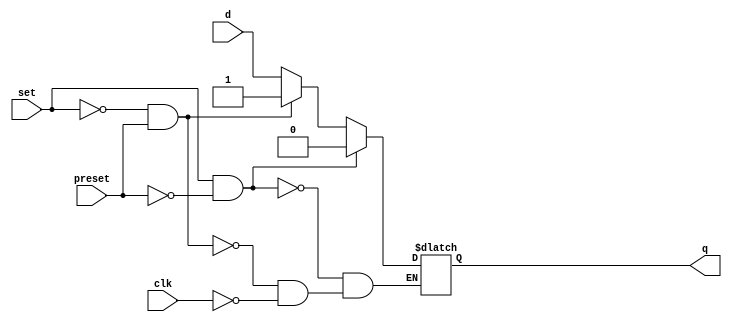
// This program was cloned from: https://github.com/chipsalliance/aib-phy-hardware
// License: Apache License 2.0

// SPDX-License-Identifier: Apache-2.0
// Copyright (C) 2019 Intel Corporation. 
module aibnd_hgy_latch (
	input wire set,
	input wire preset,
	input wire clk,
	input wire d,
	output reg q
);

always@(*) begin
	if (set && !preset) begin
		q <= 0;
	end
	else if (!set && preset) begin
		q <= 1;
	end
	else begin
		if (clk)
			q <= d;
	end
end	
endmodule